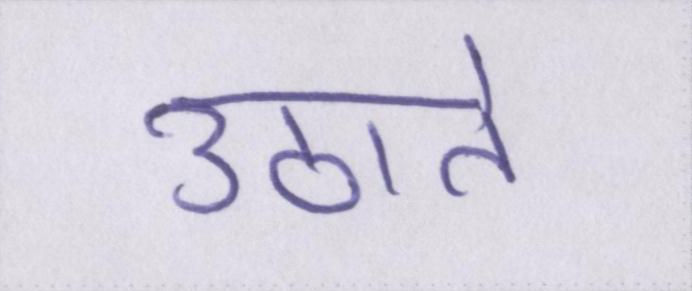
उठाते